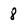
Character: 8